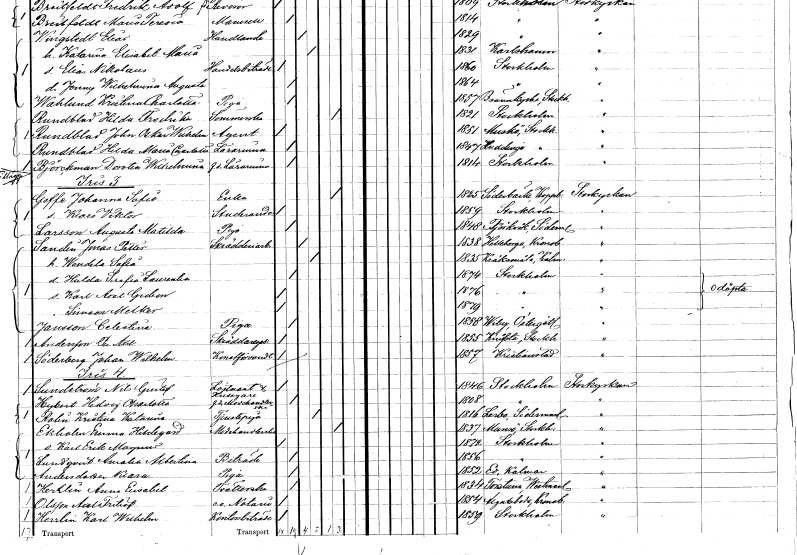
gt_parse: households: individuals: FN: Hilda Fredrika
EN: Rundblad
YRKE: Sömmerska
KON: K
CIV: O
FODAR: 1821
FODFORS: Stockholm
FN: John Oskar Wilhelm
EN: Rundblad
YRKE: Agent
KON: M
CIV: O
FODAR: 1851
FODFORS: Muskö Stockholms län
FN: Hilda Maria Charlotta
EN: Rundblad
YRKE: Lärarinna
KON: K
CIV: O
FODAR: 1847
FODFORS: Huddinge Stockholms län
FN: Dorotea Wilhelmina
EN: Björkman
YRKE: Lärarinna f.d.
KON: K
CIV: O
FODAR: 1814
FODFORS: Stockholm
FN: Johanna Sofia
EN: Goffe
YRKE: Änka
KON: K
CIV: E
FODAR: 1825
FODFORS: Söderbärke Kopparbergs län
FN: Klaes Viktor
YRKE: Studerande
KON: M
CIV: O
FODAR: 1859
FODFORS: Stockholm
FN: Augusta Matilda
EN: Larsson
YRKE: Piga
KON: K
CIV: O
FODAR: 1848
FODFORS: Björkvik Södermanlands län
FN: Jonas Petter
EN: Sandin
YRKE: Skrädderiarbetare
KON: M
CIV: G
FODAR: 1838
FODFORS: Hälleberga Kalmar län
FN: Wendela Sofia
KON: K
CIV: G
FODAR: 1835
FODFORS: Kråksmåla Kalmar län
FN: Hulda Serafia Laurentia
KON: K
CIV: O
FODAR: 1874
FODFORS: Stockholm
FN: Karl Axel Gideon
KON: M
CIV: O
FODAR: 1876
FODFORS: Stockholm
FN: Simeon Melker
KON: M
CIV: O
FODAR: 1879
FODFORS: Stockholm
FN: Celestina
EN: Jansson
YRKE: Piga
KON: K
CIV: O
FODAR: 1858
FODFORS: Viby Östergötlands län
FN: Per Axel
EN: Andersson
YRKE: Skräddaregesäll
KON: M
CIV: O
FODAR: 1855
FODFORS: Knivsta Uppsala län
FN: Johan Wilhelm
EN: Söderberg
YRKE: Konstförvandt
KON: M
CIV: O
FODAR: 1857
FODFORS: Kristianstad Kristianstads län
FN: Nils Gustaf
EN: Sundström
YRKE: Löjtnant Husägare
KON: M
CIV: O
FODAR: 1846
FODFORS: Stockholm
FN: Hedvig Charlotta
EN: Hybert
YRKE: Modehandlerska f.d.
KON: K
CIV: O
FODAR: 1808
FODFORS: Stockholm
FN: Kristina Katarina
EN: Rolin
YRKE: Tjänstepiga
KON: K
CIV: O
FODAR: 1816
FODFORS: Lerbo Södermanlands län
FN: Emma Hildegard
EN: Ekholm
YRKE: Möbelhandlerska
KON: K
CIV: E
FODAR: 1837
FODFORS: Munsö Stockholms län
FN: Karl Erik Magnus
KON: M
CIV: O
FODAR: 1872
FODFORS: Stockholm
FN: Amalia Albertina
EN: Lundqvist
YRKE: Biträde
KON: K
CIV: O
FODAR: 1856
FODFORS: Stockholm
FN: Klara
EN: Andersdotter
YRKE: Piga
KON: K
CIV: O
FODAR: 1852
FODFORS: Ed Kalmar län
FN: Anna Elisabet
EN: Hertlin
YRKE: Tvätterska
KON: K
CIV: O
FODAR: 1834
FODFORS: Torstuna Uppsala län
FN: Axel Fritiof
EN: Olsson
YRKE: Notarie e. o.
KON: M
CIV: O
FODAR: 1854
FODFORS: Algutsboda Kalmar län
FN: Karl Wilhelm
EN: Herzlin
YRKE: Kontorsbiträde
KON: M
CIV: O
FODAR: 1859
FODFORS: Stockholm